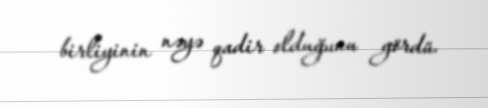
birliyinin nəyə qadir olduğunu gördü.